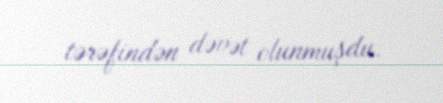
tərəfindən dəvət olunmuşdu.